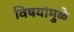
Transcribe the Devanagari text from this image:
विषयांमुळे